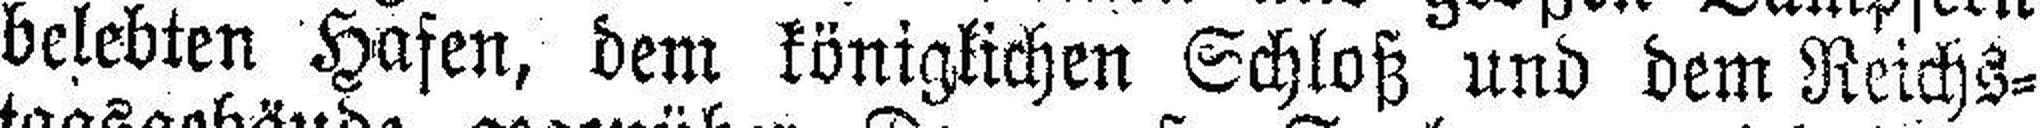
belebten Hafen, dem königlichen Schloß und dem Reichs¬